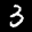
Label: 3